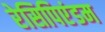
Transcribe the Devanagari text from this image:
रेसिपिएंडम